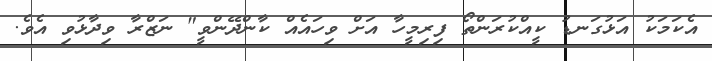
އެކަމަކު އަޅުގަނޑު ކީއްކުރަންތޯ ފިރިމީހާ އަށް ވިހައެއް ކާންދޭންވީ" ނަޒްރާ ވިދާޅުވި އެވެ.